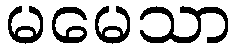
မမေသာ